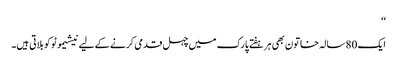
‘‘
ایک 80 سالہ خاتون بھی ہر ہفتے پارک میں چہل قدمی کرنے کے لیے نیشیموٹو کو بلاتی ہیں۔